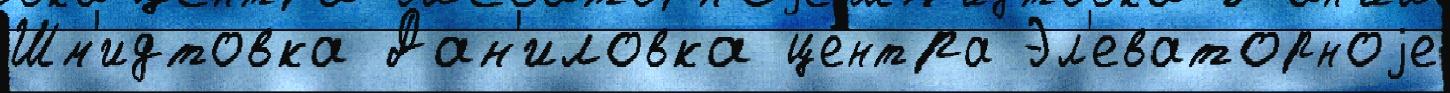
Шм'идтовка Дан'иловка це́нтра Эл'еваторноjе